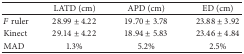
<table><thead><tr><td><b> </b></td><td><b>LATD (cm)</b></td><td><b>APD (cm)</b></td><td><b>ED (cm)</b></td></tr></thead><tbody><tr><td><i>F</i> ruler</td><td>28.99 ± 4.22</td><td>19.70 ± 3.78</td><td>23.88 ± 3.92</td></tr><tr><td>Kinect</td><td>29.14 ± 4.22</td><td>18.94 ± 5.83</td><td>23.46 ± 4.84</td></tr><tr><td>MAD</td><td>1.3%</td><td>5.2%</td><td>2.5%</td></tr></tbody></table>